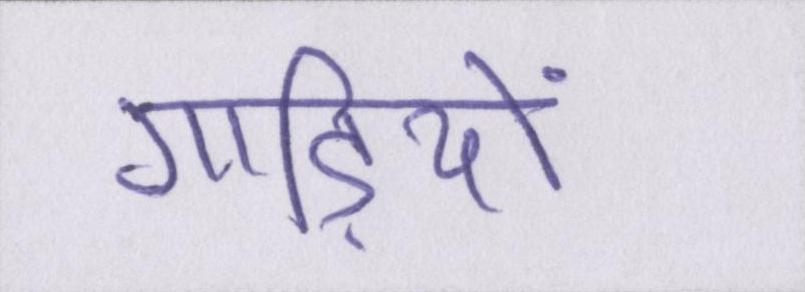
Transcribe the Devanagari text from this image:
गाड़ियों